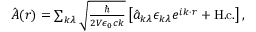
\begin{array} { r } { \hat { \boldsymbol { A } } ( \boldsymbol { r } ) = \sum _ { \boldsymbol { k } \lambda } \sqrt { \frac { \hbar } { 2 V \epsilon _ { 0 } c k } } \left[ \hat { a } _ { \boldsymbol { k } \lambda } \boldsymbol { \epsilon } _ { \boldsymbol { k } \lambda } e ^ { i \boldsymbol { k } \cdot \boldsymbol { r } } + \mathrm { H . c . } \right] , } \end{array}